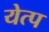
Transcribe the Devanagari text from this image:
येत्प